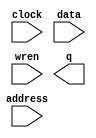
// megafunction wizard: %RAM: 1-PORT%VBB%
// GENERATION: STANDARD
// VERSION: WM1.0
// MODULE: altsyncram 

// ============================================================
// Megafunction Name(s):
// 			altsyncram
//
// Simulation Library Files(s):
// 			altera_mf
// ============================================================
// ************************************************************
// THIS IS A WIZARD-GENERATED FILE. DO NOT EDIT THIS FILE!
//
// 15.0.0 Build 145 04/22/2015 SJ Full Version
// ************************************************************

//Copyright (C) 1991-2015 Altera Corporation. All rights reserved.
//Your use of Altera Corporation's design tools, logic functions 
//and other software and tools, and its AMPP partner logic 
//functions, and any output files from any of the foregoing 
//(including device programming or simulation files), and any 
//associated documentation or information are expressly subject 
//to the terms and conditions of the Altera Program License 
//Subscription Agreement, the Altera Quartus II License Agreement,
//the Altera MegaCore Function License Agreement, or other 
//applicable license agreement, including, without limitation, 
//that your use is for the sole purpose of programming logic 
//devices manufactured by Altera and sold by Altera or its 
//authorized distributors.  Please refer to the applicable 
//agreement for further details.

module RAM (
	address,
	clock,
	data,
	wren,
	q);

	input	[6:0]  address;
	input	  clock;
	input	[31:0]  data;
	input	  wren;
	output	[31:0]  q;
`ifndef ALTERA_RESERVED_QIS
// synopsys translate_off
`endif
	tri1	  clock;
`ifndef ALTERA_RESERVED_QIS
// synopsys translate_on
`endif

endmodule

// ============================================================
// CNX file retrieval info
// ============================================================
// Retrieval info: PRIVATE: ADDRESSSTALL_A NUMERIC "0"
// Retrieval info: PRIVATE: AclrAddr NUMERIC "0"
// Retrieval info: PRIVATE: AclrByte NUMERIC "0"
// Retrieval info: PRIVATE: AclrData NUMERIC "0"
// Retrieval info: PRIVATE: AclrOutput NUMERIC "0"
// Retrieval info: PRIVATE: BYTE_ENABLE NUMERIC "0"
// Retrieval info: PRIVATE: BYTE_SIZE NUMERIC "8"
// Retrieval info: PRIVATE: BlankMemory NUMERIC "0"
// Retrieval info: PRIVATE: CLOCK_ENABLE_INPUT_A NUMERIC "0"
// Retrieval info: PRIVATE: CLOCK_ENABLE_OUTPUT_A NUMERIC "0"
// Retrieval info: PRIVATE: Clken NUMERIC "0"
// Retrieval info: PRIVATE: DataBusSeparated NUMERIC "1"
// Retrieval info: PRIVATE: IMPLEMENT_IN_LES NUMERIC "0"
// Retrieval info: PRIVATE: INIT_FILE_LAYOUT STRING "PORT_A"
// Retrieval info: PRIVATE: INIT_TO_SIM_X NUMERIC "0"
// Retrieval info: PRIVATE: INTENDED_DEVICE_FAMILY STRING "Cyclone IV E"
// Retrieval info: PRIVATE: JTAG_ENABLED NUMERIC "0"
// Retrieval info: PRIVATE: JTAG_ID STRING "NONE"
// Retrieval info: PRIVATE: MAXIMUM_DEPTH NUMERIC "0"
// Retrieval info: PRIVATE: MIFfilename STRING "memory.mif"
// Retrieval info: PRIVATE: NUMWORDS_A NUMERIC "128"
// Retrieval info: PRIVATE: RAM_BLOCK_TYPE NUMERIC "0"
// Retrieval info: PRIVATE: READ_DURING_WRITE_MODE_PORT_A NUMERIC "3"
// Retrieval info: PRIVATE: RegAddr NUMERIC "1"
// Retrieval info: PRIVATE: RegData NUMERIC "1"
// Retrieval info: PRIVATE: RegOutput NUMERIC "1"
// Retrieval info: PRIVATE: SYNTH_WRAPPER_GEN_POSTFIX STRING "0"
// Retrieval info: PRIVATE: SingleClock NUMERIC "1"
// Retrieval info: PRIVATE: UseDQRAM NUMERIC "1"
// Retrieval info: PRIVATE: WRCONTROL_ACLR_A NUMERIC "0"
// Retrieval info: PRIVATE: WidthAddr NUMERIC "7"
// Retrieval info: PRIVATE: WidthData NUMERIC "32"
// Retrieval info: PRIVATE: rden NUMERIC "0"
// Retrieval info: LIBRARY: altera_mf altera_mf.altera_mf_components.all
// Retrieval info: CONSTANT: CLOCK_ENABLE_INPUT_A STRING "BYPASS"
// Retrieval info: CONSTANT: CLOCK_ENABLE_OUTPUT_A STRING "BYPASS"
// Retrieval info: CONSTANT: INIT_FILE STRING "memory.mif"
// Retrieval info: CONSTANT: INTENDED_DEVICE_FAMILY STRING "Cyclone IV E"
// Retrieval info: CONSTANT: LPM_HINT STRING "ENABLE_RUNTIME_MOD=NO"
// Retrieval info: CONSTANT: LPM_TYPE STRING "altsyncram"
// Retrieval info: CONSTANT: NUMWORDS_A NUMERIC "128"
// Retrieval info: CONSTANT: OPERATION_MODE STRING "SINGLE_PORT"
// Retrieval info: CONSTANT: OUTDATA_ACLR_A STRING "NONE"
// Retrieval info: CONSTANT: OUTDATA_REG_A STRING "CLOCK0"
// Retrieval info: CONSTANT: POWER_UP_UNINITIALIZED STRING "FALSE"
// Retrieval info: CONSTANT: READ_DURING_WRITE_MODE_PORT_A STRING "NEW_DATA_NO_NBE_READ"
// Retrieval info: CONSTANT: WIDTHAD_A NUMERIC "7"
// Retrieval info: CONSTANT: WIDTH_A NUMERIC "32"
// Retrieval info: CONSTANT: WIDTH_BYTEENA_A NUMERIC "1"
// Retrieval info: USED_PORT: address 0 0 7 0 INPUT NODEFVAL "address[6..0]"
// Retrieval info: USED_PORT: clock 0 0 0 0 INPUT VCC "clock"
// Retrieval info: USED_PORT: data 0 0 32 0 INPUT NODEFVAL "data[31..0]"
// Retrieval info: USED_PORT: q 0 0 32 0 OUTPUT NODEFVAL "q[31..0]"
// Retrieval info: USED_PORT: wren 0 0 0 0 INPUT NODEFVAL "wren"
// Retrieval info: CONNECT: @address_a 0 0 7 0 address 0 0 7 0
// Retrieval info: CONNECT: @clock0 0 0 0 0 clock 0 0 0 0
// Retrieval info: CONNECT: @data_a 0 0 32 0 data 0 0 32 0
// Retrieval info: CONNECT: @wren_a 0 0 0 0 wren 0 0 0 0
// Retrieval info: CONNECT: q 0 0 32 0 @q_a 0 0 32 0
// Retrieval info: GEN_FILE: TYPE_NORMAL RAM.v TRUE
// Retrieval info: GEN_FILE: TYPE_NORMAL RAM.inc FALSE
// Retrieval info: GEN_FILE: TYPE_NORMAL RAM.cmp FALSE
// Retrieval info: GEN_FILE: TYPE_NORMAL RAM.bsf FALSE
// Retrieval info: GEN_FILE: TYPE_NORMAL RAM_inst.v FALSE
// Retrieval info: GEN_FILE: TYPE_NORMAL RAM_bb.v TRUE
// Retrieval info: LIB_FILE: altera_mf